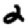
Digit: 2